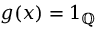
g ( x ) = 1 _ { \mathbb { Q } }